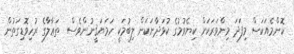
ކޮންމެއަކަސް މިފަދަ މިންވަރަކަށް ކިޔެވުމުގެ ކުޅަދާނަކަން ލިބުމަކީ ހަމަޔަޤީނުންވެސް  ތަޢާލާގެ ރުހިވޮޑިގަތުން